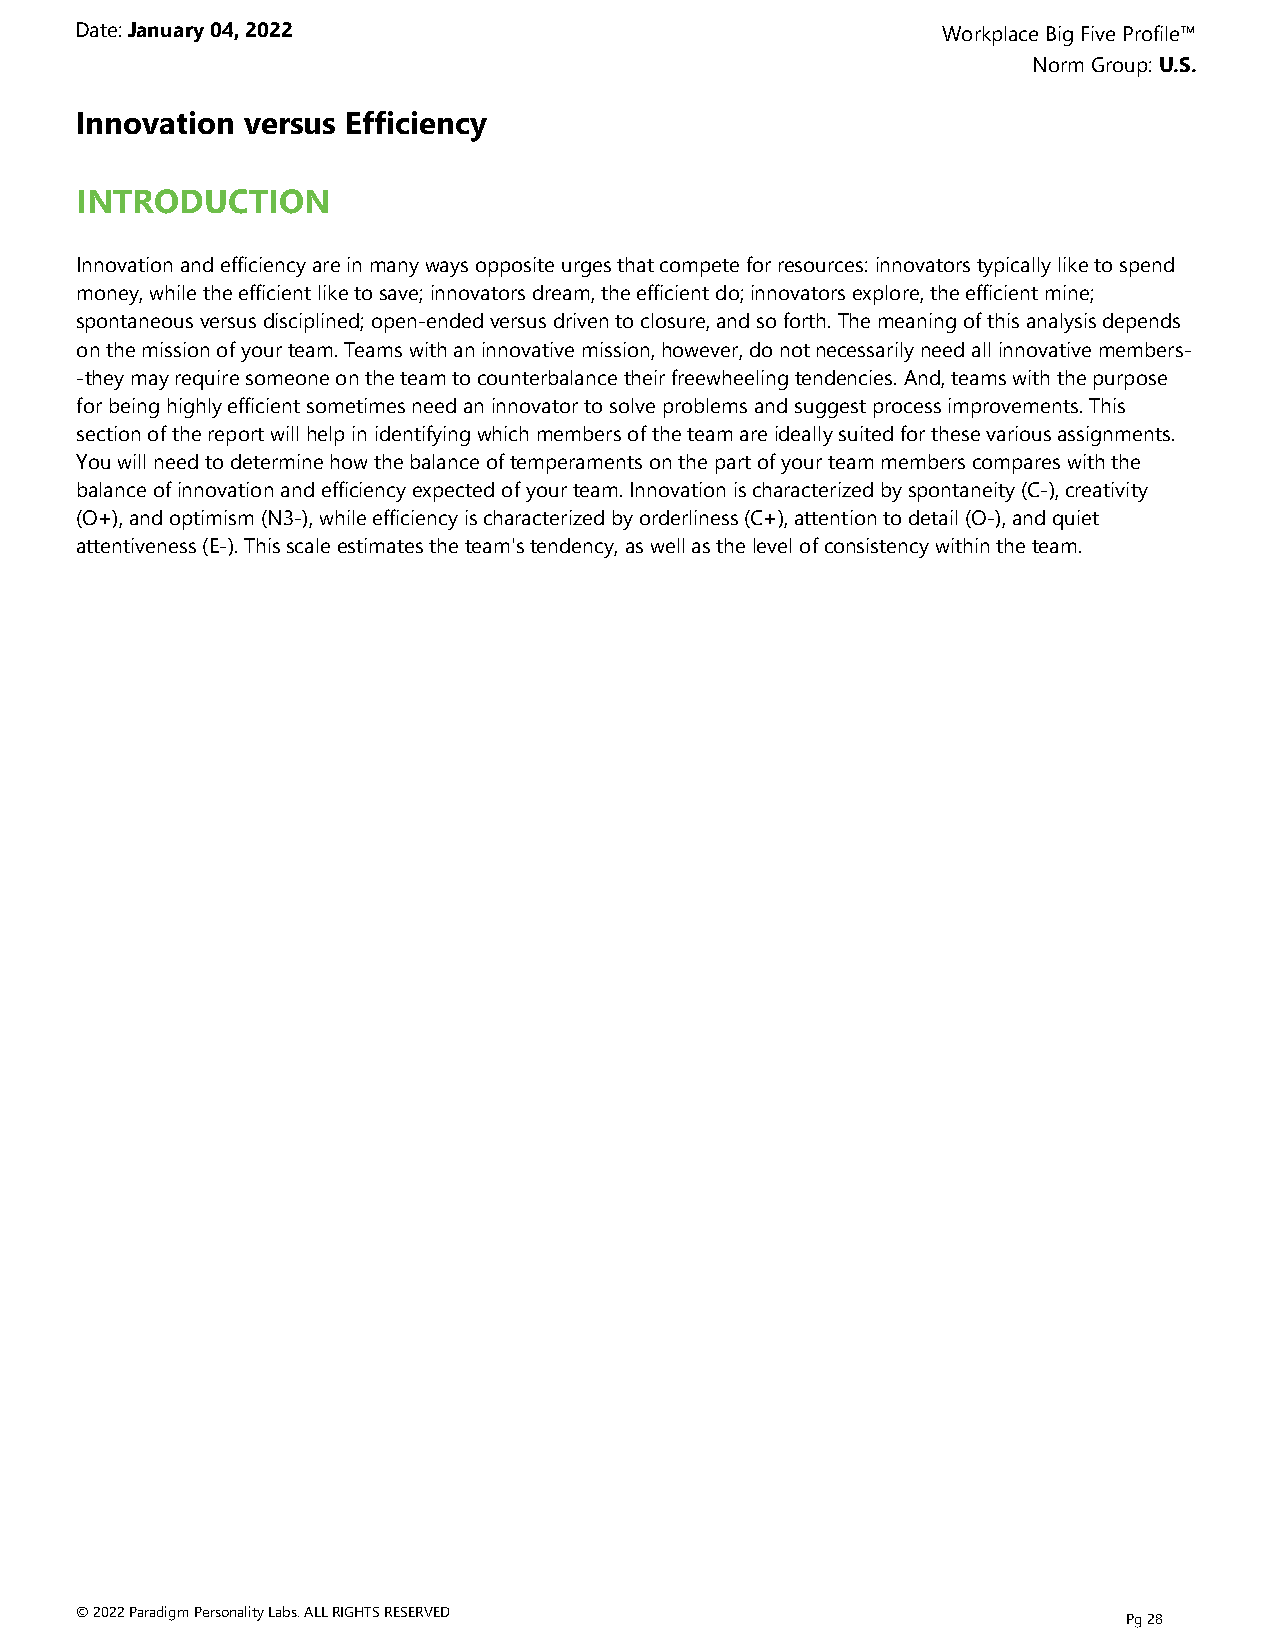
Date: January 04, 2022                                   Workplace Big Five Profile™
 Norm Group: U.S.
 Innovation versus Efficiency
 INTRODUCTION
 Innovation and efficiency are in many ways opposite urges that compete for resources: innovators typically like to spend
 money, while the efficient like to save; innovators dream, the efficient do; innovators explore, the efficient mine;
 spontaneous versus disciplined; open-ended versus driven to closure, and so forth. The meaning of this analysis depends
 on the mission of your team. Teams with an innovative mission, however, do not necessarily need all innovative members-
 -they may require someone on the team to counterbalance their freewheeling tendencies. And, teams with the purpose
 for being highly efficient sometimes need an innovator to solve problems and suggest process improvements. This
 section of the report will help in identifying which members of the team are ideally suited for these various assignments.
 You will need to determine how the balance of temperaments on the part of your team members compares with the
 balance of innovation and efficiency expected of your team. Innovation is characterized by spontaneity (C-), creativity
 (O+), and optimism (N3-), while efficiency is characterized by orderliness (C+), attention to detail (O-), and quiet
 attentiveness (E-). This scale estimates the team's tendency, as well as the level of consistency within the team.
 © 2022 Paradigm Personality Labs. ALL RIGHTS RESERVED
 Pg 28